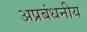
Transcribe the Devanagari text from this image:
अप्रबंधनीय